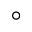
^ { \circ }